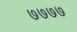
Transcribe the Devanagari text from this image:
७७७७